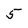
Character: 5